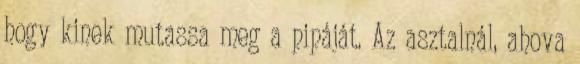
hogy kinek mutassa meg a pipáját. Az asztalnál, ahova